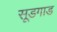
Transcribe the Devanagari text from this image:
सूडगाड